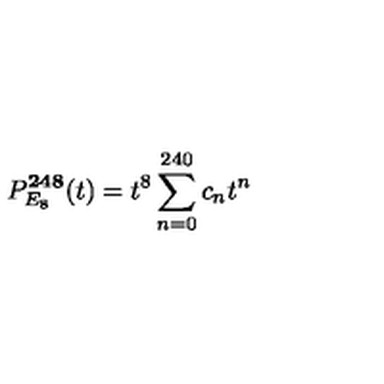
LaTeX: P _ { E _ { 8 } } ^ { \bf 2 4 8 } ( t ) = t ^ { 8 } \sum _ { n = 0 } ^ { 2 4 0 } c _ { n } t ^ { n }